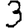
Digit: 3